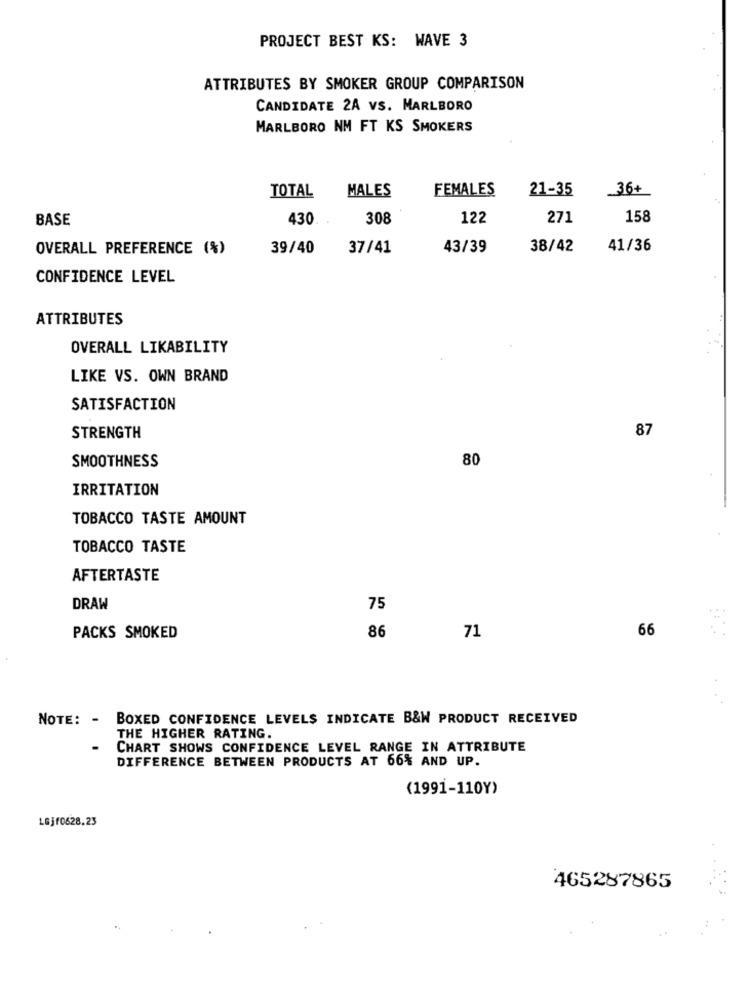
PROJECT BEST KS: WAVE 3
ATTRIBUTES BY SMOKER GROUP COMPARISON
CANDIDATE 2A VS. MARLBORO
MARLBORO NM FT KS SMOKERS
MALES
FEMALES
21-35
36+
TOTAL
BASE
430
308
122
271
158
OVERALL PREFERENCE (%)
39/40
37/41
43/39
38/42
41/36
CONFIDENCE LEVEL
ATTRIBUTES
OVERALL LIKABILITY
LIKE VS. OWN BRAND
SATISFACTION
87
STRENGTH
SMOOTHNESS
80
IRRITATION
TOBACCO TASTE AMOUNT
TOBACCO TASTE
AFTERTASTE
DRAW
75
86
66
PACKS SMOKED
71
NOTE: - BOXED CONFIDENCE LEVELS INDICATE B&W PRODUCT RECEIVED
THE HIGHER RATING.
CHART SHOWS CONFIDENCE LEVEL RANGE IN ATTRIBUTE
DIFFERENCE BETWEEN PRODUCTS AT 66% AND UP.
(1991-110Y)
LGjf0628.23
465287865